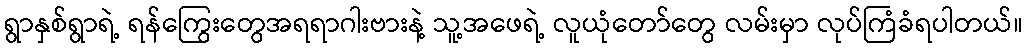
ရွာနှစ်ရွာရဲ့ ရန်ကြွေးတွေအရရာဂါးဗားနဲ့ သူ့အဖေရဲ့ လူယုံတော်တွေ လမ်းမှာ လုပ်ကြံခံရပါတယ်။